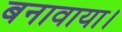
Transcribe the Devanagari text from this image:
बनावाया।